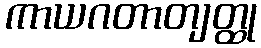
ကာယဂတာတျတ္ထု